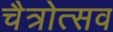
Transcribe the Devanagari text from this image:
चैत्रोत्सव